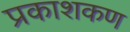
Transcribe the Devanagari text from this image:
प्रकाशकण